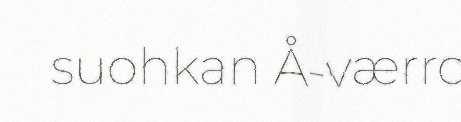
suohkan Å-værro